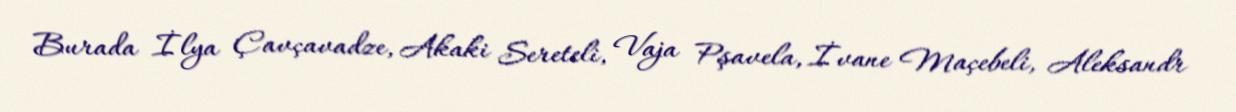
Burada İlya Çavçavadze, Akaki Sereteli, Vaja Pşavela, İvane Maçebeli, Aleksandr